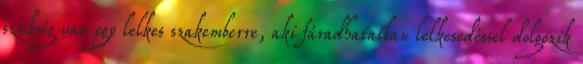
szükség van egy lelkes szakemberre, aki fáradhatatlan lelkesedéssel dolgozik